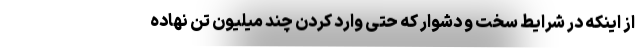
از اینکه در شرایط سخت و دشوار که حتی وارد کردن چند میلیون تن نهاده